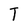
Character: T